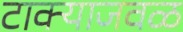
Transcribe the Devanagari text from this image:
टाक्याजवळ